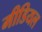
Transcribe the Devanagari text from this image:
मीडियल